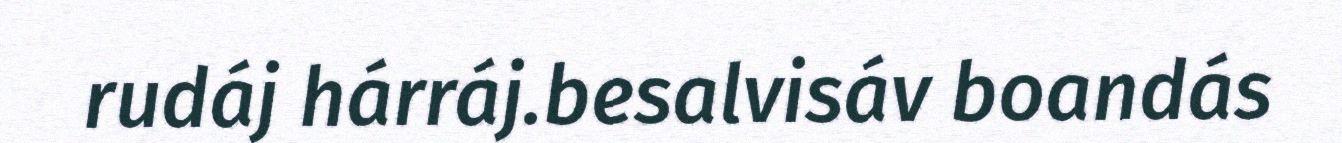
rudáj hárráj.besalvisáv boandás